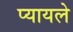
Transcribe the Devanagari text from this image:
प्यायले